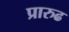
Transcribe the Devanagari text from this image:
प्रारुढ